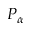
P _ { \alpha }